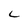
Character: C